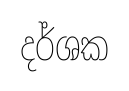
දර්ශක